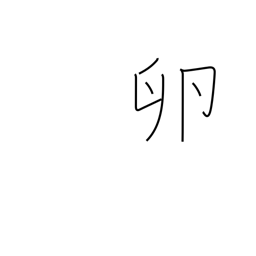
Meaning: roe